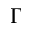
\Gamma